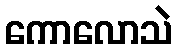
ကောလောသဲ